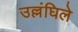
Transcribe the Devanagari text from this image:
उल्लंघिले